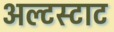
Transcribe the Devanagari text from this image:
अल्टस्टाट